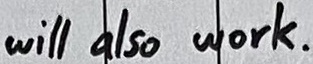
Text: will also work.